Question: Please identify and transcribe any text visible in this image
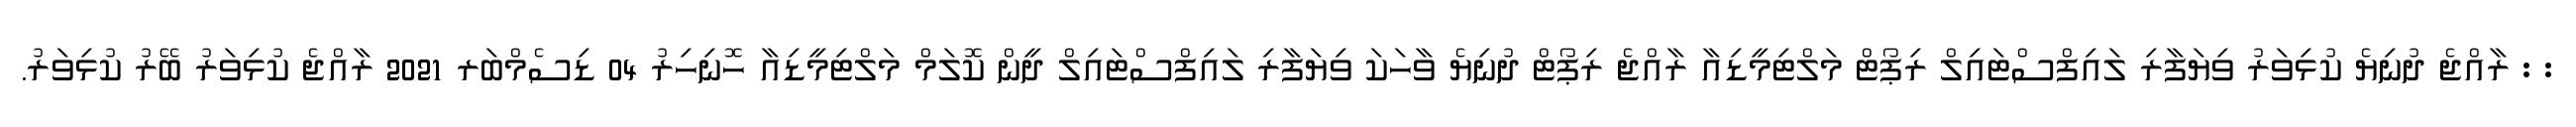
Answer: : : ރާއްޖެ ދުނިޔެ ކުޅިވަރު ވިޔަފާރި ލައިފްސްޓައިލް ރިޕޯޓް މަލްޓިމީޑިއާ ރާއްޖެ ރިޕޯޓް ދުނިޔެ ވާހަކަ ވިޔަފާރި ލައިފްސްޓައިލް ދީން ކޮލަމް މަލްޓިމީޑިއާ ހޮނިހިރު 04 ޑިސެމްބަރ 2021 ރާއްޖެ ކުޅިވަރު ބޭރު ކުޅިވަރު.